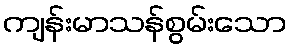
ကျန်းမာသန်စွမ်းသော